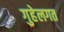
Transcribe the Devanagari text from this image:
गुहेलगत